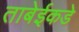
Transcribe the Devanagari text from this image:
ताबेईकडे